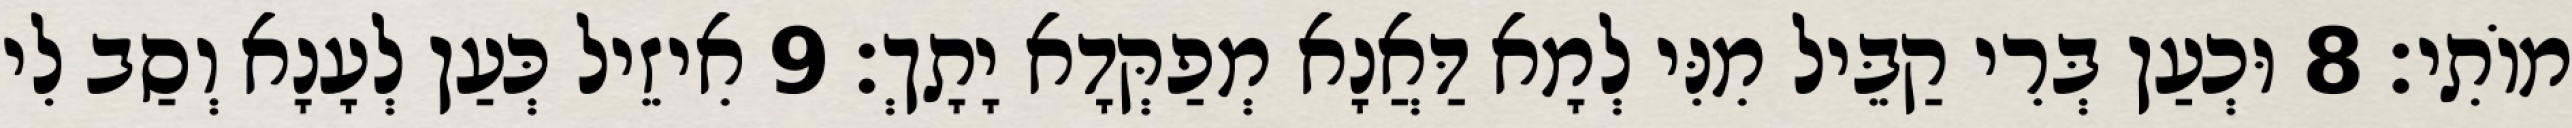
מוֹתִי׃ 8 וּכְעַן בְּרִי קַבֵּיל מִנִּי לְמָא דַּאֲנָא מְפַקְּדָא יָתָךְ׃ 9 אִיזֵיל כְּעַן לְעָנָא וְסַב לִי